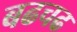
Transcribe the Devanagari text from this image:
बढचढ